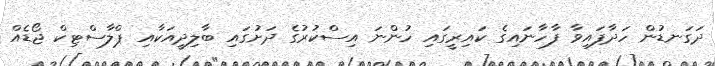
ދަގަނޑުން ހަދާފައިވާ ފާހާނައިގެ ކައިރީގައި ހުންނަ އިސްކުރުގެ ދަށުގައި ބާލިދީއަކާއި ޕްލާސްޓިކް ޖޯޑެއް